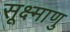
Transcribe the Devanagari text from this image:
सूक्ष्माणु